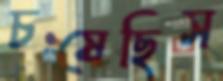
চষেছিস